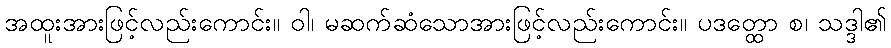
အထူးအားဖြင့်လည်းကောင်း။ ဝါ၊ မဆက်ဆံသောအားဖြင့်လည်းကောင်း။ ပဒတ္ထော စ၊ သဒ္ဒါ၏